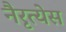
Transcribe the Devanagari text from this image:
नैरृत्येस